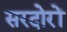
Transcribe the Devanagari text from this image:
सरदोरों